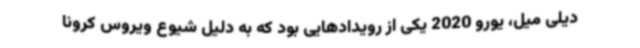
دیلی میل، یورو 2020 یکی از رویدادهایی بود که به دلیل شیوع ویروس کرونا